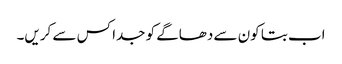
اب بتا کون سے دھاگے کو جدا کس سے کریں۔